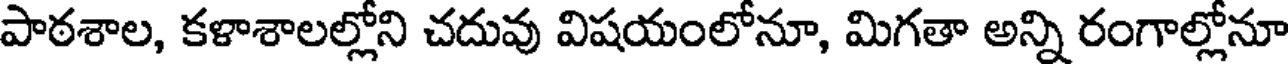
పాఠశాల, కళాశాలల్లోని చదువు విషయంలోనూ, మిగతా అన్ని రంగాల్లోనూ